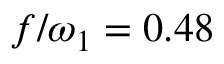
f / \omega _ { 1 } = 0 . 4 8